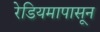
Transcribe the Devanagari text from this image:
रेडियमापासून